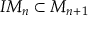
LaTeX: I M _ { n } \subset M _ { n + 1 }